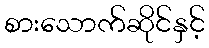
စားသောက်ဆိုင်နှင့်